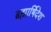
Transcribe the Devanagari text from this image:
ब्रह्मार्षिदेश